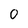
Character: O